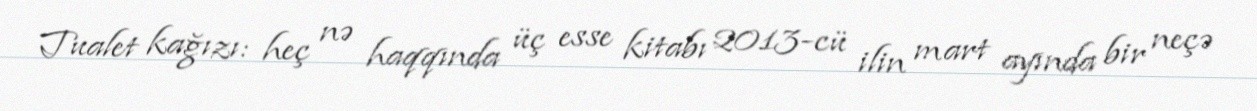
Tualet kağızı: heç nə haqqında üç esse kitabı 2013-cü ilin mart ayında bir neçə